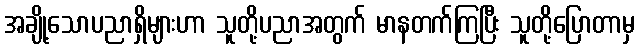
အချို့သောပညာရှိများဟာ သူတို့ပညာအတွက် မာနတက်ကြပြီး သူတို့ပြောတာမှ